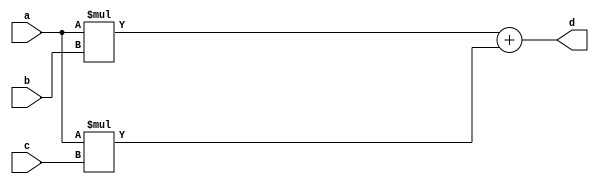
module top_word(a, b, c, d);
input [7:0] a;
input [7:0] b;
input [7:0] c;
output [7:0] d;

assign d = a*b + a*c;

endmodule